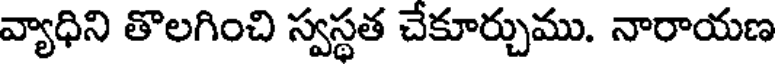
వ్యాధిని తొలగించి స్వస్థత చేకూర్చుము. నారాయణ